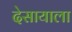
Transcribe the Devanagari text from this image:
देसायाला